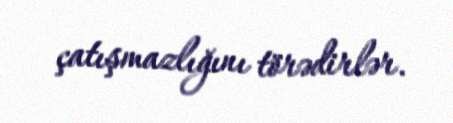
çatışmazlığını törədirlər.